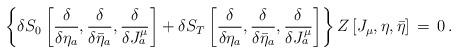
LaTeX: \begin{align*}\left \{\delta S_{0} \left[{\delta \over \delta \eta_a }, {\delta \over \delta \bar{\eta}_a }, {\delta \over \delta J^\mu_a } \right] + \delta S_{T} \left[{\delta \over \delta \eta_a }, {\delta \over \delta \bar{\eta}_a }, {\delta \over \delta J^\mu_a } \right] \right\} Z \left[J_\mu, \eta,\bar{\eta}\right] \, = \, 0 \, .\end{align*}